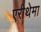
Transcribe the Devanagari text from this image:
एरीथेमा